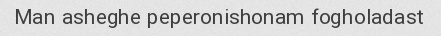
Man asheghe peperonishonam fogholadast